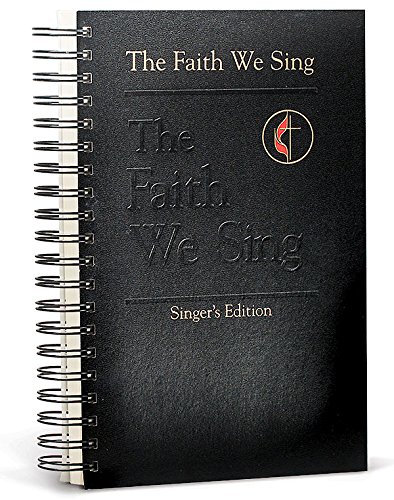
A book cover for The Faith We Sing: Singers Edition; Christian Books & Bibles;